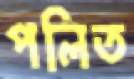
পলিত